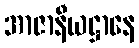
အာဇာနီယဋ္ဌာနေ